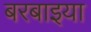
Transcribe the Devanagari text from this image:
बरबाइया